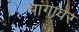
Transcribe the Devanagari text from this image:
मांगावर